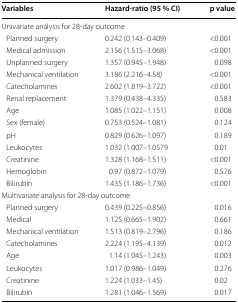
<table><thead><tr><td><b>Variables</b></td><td><b>Hazard-ratio (95 % CI)</b></td><td><b>p value</b></td></tr></thead><tbody><tr><td colspan="3">Univariate analysis for 28-day outcome</td></tr><tr><td> Planned surgery</td><td>0.242 (0.143–0.409)</td><td>&lt;0.001</td></tr><tr><td> Medical admission</td><td>2.156 (1.515–3.068)</td><td>&lt;0.001</td></tr><tr><td> Unplanned surgery</td><td>1.357 (0.945–1.948)</td><td>0.098</td></tr><tr><td> Mechanical ventilation</td><td>3.186 (2.216–4.58)</td><td>&lt;0.001</td></tr><tr><td> Catecholamines</td><td>2.602 (1.819–3.722)</td><td>&lt;0.001</td></tr><tr><td> Renal replacement</td><td>1.379 (0.438–4.335)</td><td>0.583</td></tr><tr><td> Age</td><td>1.085 (1.022–1.151)</td><td>0.008</td></tr><tr><td> Sex (female)</td><td>0.753 (0.524–1.081)</td><td>0.124</td></tr><tr><td> pH</td><td>0.829 (0.626–1.097)</td><td>0.189</td></tr><tr><td> Leukocytes</td><td>1.032 (1.007–1.0579</td><td>0.01</td></tr><tr><td> Creatinine</td><td>1.328 (1.168–1.511)</td><td>&lt;0.001</td></tr><tr><td> Hemoglobin</td><td>0.97 (0.872–1.079)</td><td>0.576</td></tr><tr><td> Bilirubin</td><td>1.435 (1.186–1.736)</td><td>&lt;0.001</td></tr><tr><td colspan="3">Multivariate analysis for 28-day outcome</td></tr><tr><td> Planned surgery</td><td>0.439 (0.225–0.856)</td><td>0.016</td></tr><tr><td> Medical</td><td>1.125 (0.665–1.902)</td><td>0.661</td></tr><tr><td> Mechanical ventilation</td><td>1.513 (0.819–2.796)</td><td>0.186</td></tr><tr><td> Catecholamines</td><td>2.224 (1.195–4.139)</td><td>0.012</td></tr><tr><td> Age</td><td>1.14 (1.045–1.243)</td><td>0.003</td></tr><tr><td> Leukocytes</td><td>1.017 (0.986–1.049)</td><td>0.276</td></tr><tr><td> Creatinine</td><td>1.224 (1.033–1.45)</td><td>0.02</td></tr><tr><td> Bilirubin</td><td>1.281 (1.046–1.569)</td><td>0.017</td></tr></tbody></table>